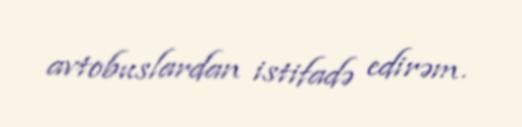
avtobuslardan istifadə edirəm.